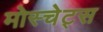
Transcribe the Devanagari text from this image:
मोस्चेट्स